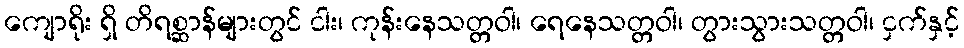
ကျောရိုး ရှိ တိရစ္ဆာန်များတွင် ငါး၊ ကုန်းနေသတ္တဝါ၊ ရေနေသတ္တဝါ၊ တွားသွားသတ္တဝါ၊ ငှက်နှင့်